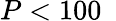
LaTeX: P<100~\